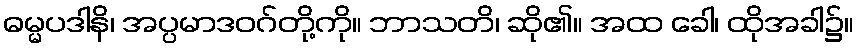
ဓမ္မပဒါနိ၊ အပ္ပမာဒဝဂ်တို့ကို။ ဘာသတိ၊ ဆို၏။ အထ ခေါ၊ ထိုအခါ၌။